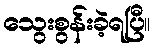
သွေးစွန်းခဲ့ရပြီ။